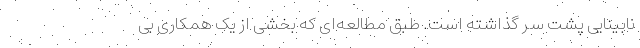
نابینایی پشت سر گذاشته است. طبق مطالعه‌ای که بخشی از یک همکاری بی